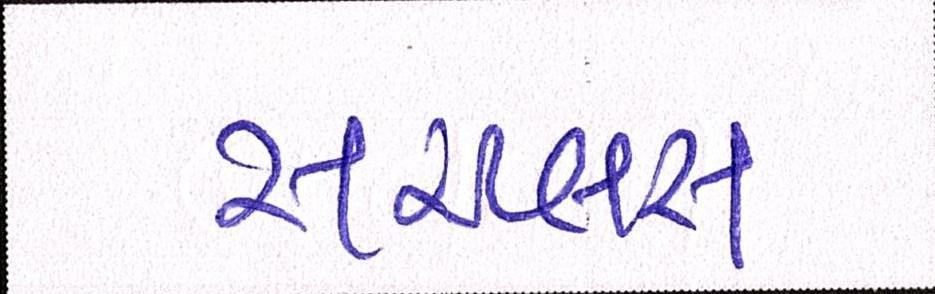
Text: સરપ્લસ